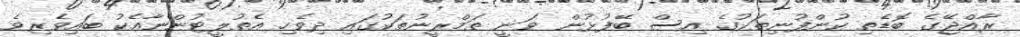
ރާއްޖޭގެ ބޮޑެތި ކުންފުނިތަކުގެ އިސް ބޭފުޅުން ވަނީ ތަމްރީނުތަކުގައި ދިވެހި އެތުލީޓުންނާއެކު ބައިވެރިވެ